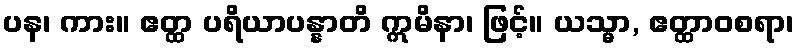
ပန၊ ကား။ ဧတ္ထ ပရိယာပန္နာတိ ဣမိနာ၊ ဖြင့်။ ယသ္မာ, ဧတ္ထာဝစရာ၊